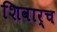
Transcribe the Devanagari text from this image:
शिवार्च